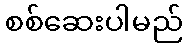
စစ်ဆေးပါမည်